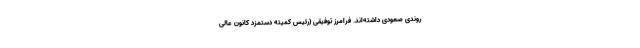
روندی صعودی داشته‌اند. فرامرز توفیقی (رئیس کمیته دستمزد کانون عالی